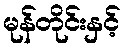
မုန်တိုင်းနှင့်